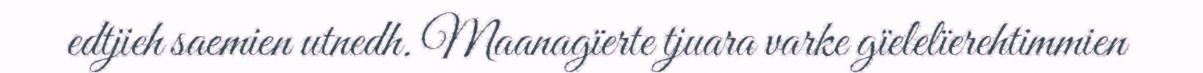
edtjieh saemien utnedh. Maanagïerte tjuara varke gïelelïerehtimmien